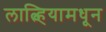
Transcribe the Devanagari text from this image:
लात्व्हियामधून